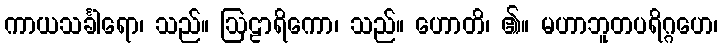
ကာယသင်္ခါရော၊ သည်။ ဩဠာရိကော၊ သည်။ ဟောတိ၊ ၏။ မဟာဘူတပရိဂ္ဂဟေ၊